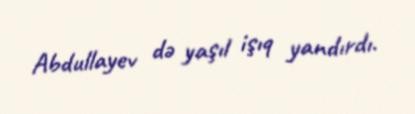
Abdullayev də yaşıl işıq yandırdı.